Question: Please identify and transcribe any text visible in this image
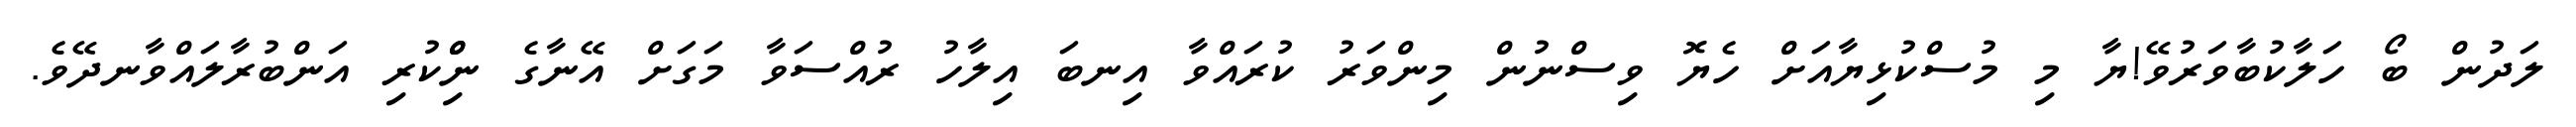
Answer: ލަދުން ބޯ ހަލާކުބާވަރުވޭ!ޔާ މި މުސްކުޅިޔާއަށް ހެޔޮ ވިސްނުން މިންވަރު ކުރައްވާ އިނބަ އިލާހު ރުއްސަވާ މަގަށް އޭނާގެ ނިްްކުރި އަންބުރާލައްވާނދޭވެ.